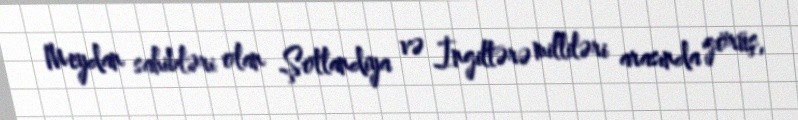
Meydan sahibləri olan Şotlandiya və İngiltərə milliləri arasında görüş,